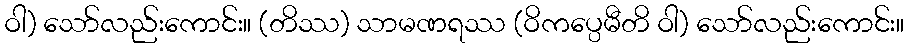
ဝါ) သော်လည်းကောင်း။ (တိဿ) သာမဏရဿ (ဝိကပ္ပေမီတိ ဝါ) သော်လည်းကောင်း။